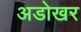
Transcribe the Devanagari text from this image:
अडोखर